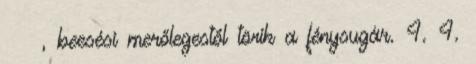
α β, beesési merőlegestől törik a fénysugár. 4. 4.